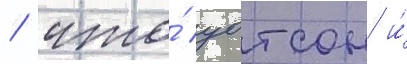
/ что́ уотсон и́